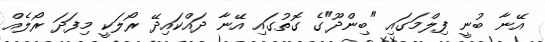
އޭނާ ބުނީ ފިލްމަގައި "ބިންދޫ"ގެ ގޮތުގައި އޭނާ ދައްކައިދޭ ރޯލަކީ މިފަދަ ރޯލެއް